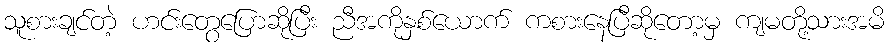
သူစားချင်တဲ့ ဟင်းတွေပြောဆိုပြီး ညီအကိုနှစ်ယောက် ကစားနေပြီဆိုတော့မှ ကျမတို့သားအမိ